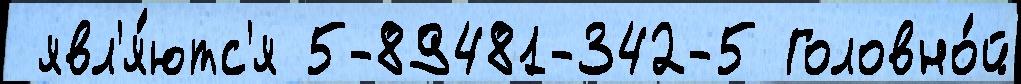
 явл'я́ютс'я 5-89481-342-5 Головно́й